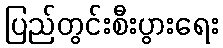
ပြည်တွင်းစီးပွားရေး